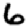
Digit: 6